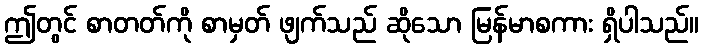
ဤတွင် စာတတ်ကို စာမှတ် ဖျက်သည် ဆိုသော မြန်မာစကား ရှိပါသည်။